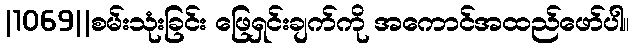
|1069||စမ်းသုံးခြင်း ဖြေရှင်းချက်ကို အကောင်အထည်ဖော်ပါ။